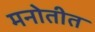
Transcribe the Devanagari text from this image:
मनोतीत